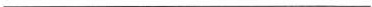
___